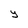
Character: y